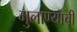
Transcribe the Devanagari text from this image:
मुलाण्याची